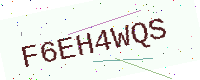
Text: F6EH4WQS